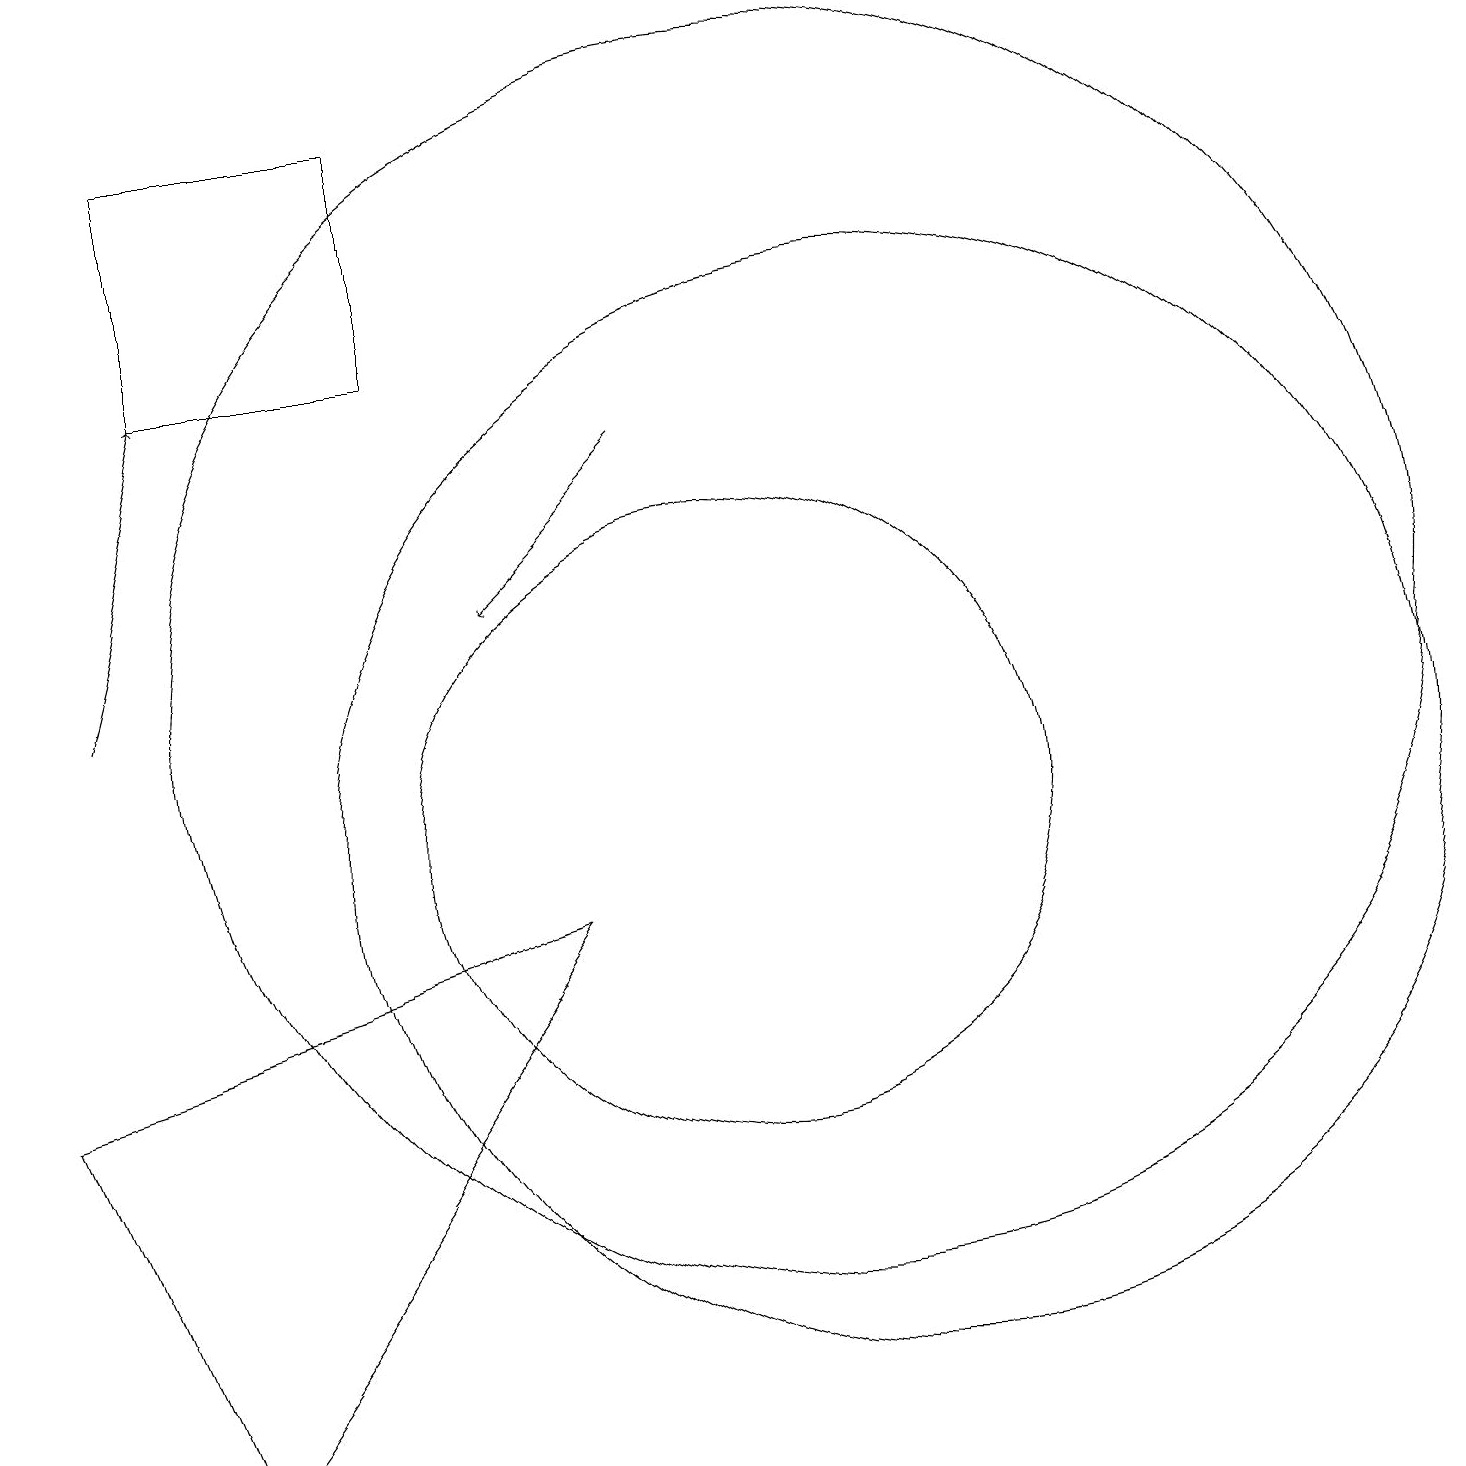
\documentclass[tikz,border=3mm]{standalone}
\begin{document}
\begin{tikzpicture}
\draw (12,10) circle (7);
\draw[->] (9,15) -- (7,13);
\draw (10,10) circle (4);
\draw[->] (2,12) -- (3,16);
\draw (11,12) circle (8);
\draw (3,19) rectangle (6,16);
\draw (8,9) -- (3,2) -- (1,7) -- cycle;
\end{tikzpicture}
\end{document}